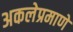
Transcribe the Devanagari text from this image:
अकलेप्रमाणे